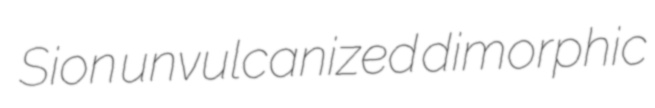
Sion unvulcanized dimorphic